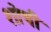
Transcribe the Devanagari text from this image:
शोची